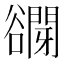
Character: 𧯋